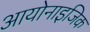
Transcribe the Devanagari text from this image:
आयोनाइजिक